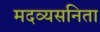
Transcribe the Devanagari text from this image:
मदव्यसनिता